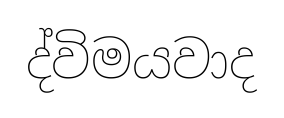
ද්විමයවාද